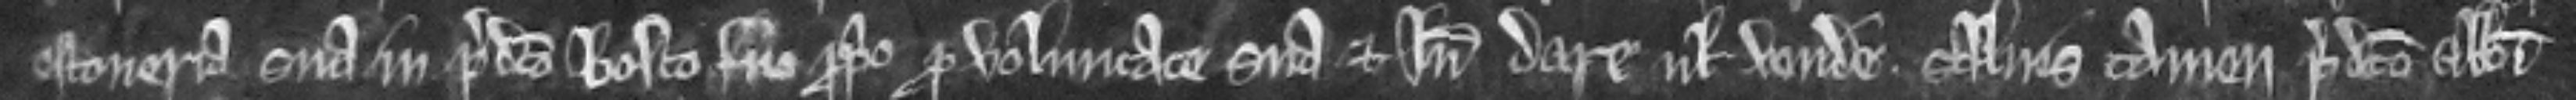
estoveria sua in predicto bosco suo proprio pro voluntate sua et inde dare vel vendere salvis tamen predicto Abbati